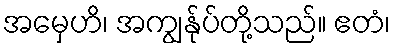
အမှေဟိ၊ အကျွန်ုပ်တို့သည်။ ဧတံ၊